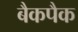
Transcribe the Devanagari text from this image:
बैकपैक